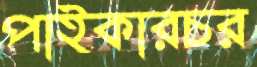
পাইকারচর